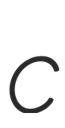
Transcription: c